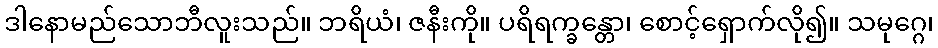
ဒါနောမည်သောဘီလူးသည်။ ဘရိယံ၊ ဇနီးကို။ ပရိရက္ခန္တော၊ စောင့်ရှောက်လို၍။ သမုဂ္ဂေ၊